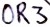
Text: OR3